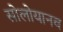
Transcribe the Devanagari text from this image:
सोलोयानव